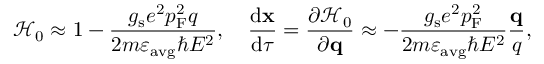
\mathcal { H } _ { 0 } \approx 1 - \frac { g _ { \mathrm { s } } e ^ { 2 } p _ { \mathrm { F } } ^ { 2 } q } { 2 m \varepsilon _ { \mathrm { a v g } } \hbar E ^ { 2 } } , \quad \frac { \mathrm { d } \mathbf { x } } { \mathrm { d } \tau } = \frac { \partial \mathcal { H } _ { 0 } } { \partial \mathbf { q } } \approx - \frac { g _ { \mathrm { s } } e ^ { 2 } p _ { \mathrm { F } } ^ { 2 } } { 2 m \varepsilon _ { \mathrm { a v g } } \hbar E ^ { 2 } } \frac { \mathbf { q } } { q } ,